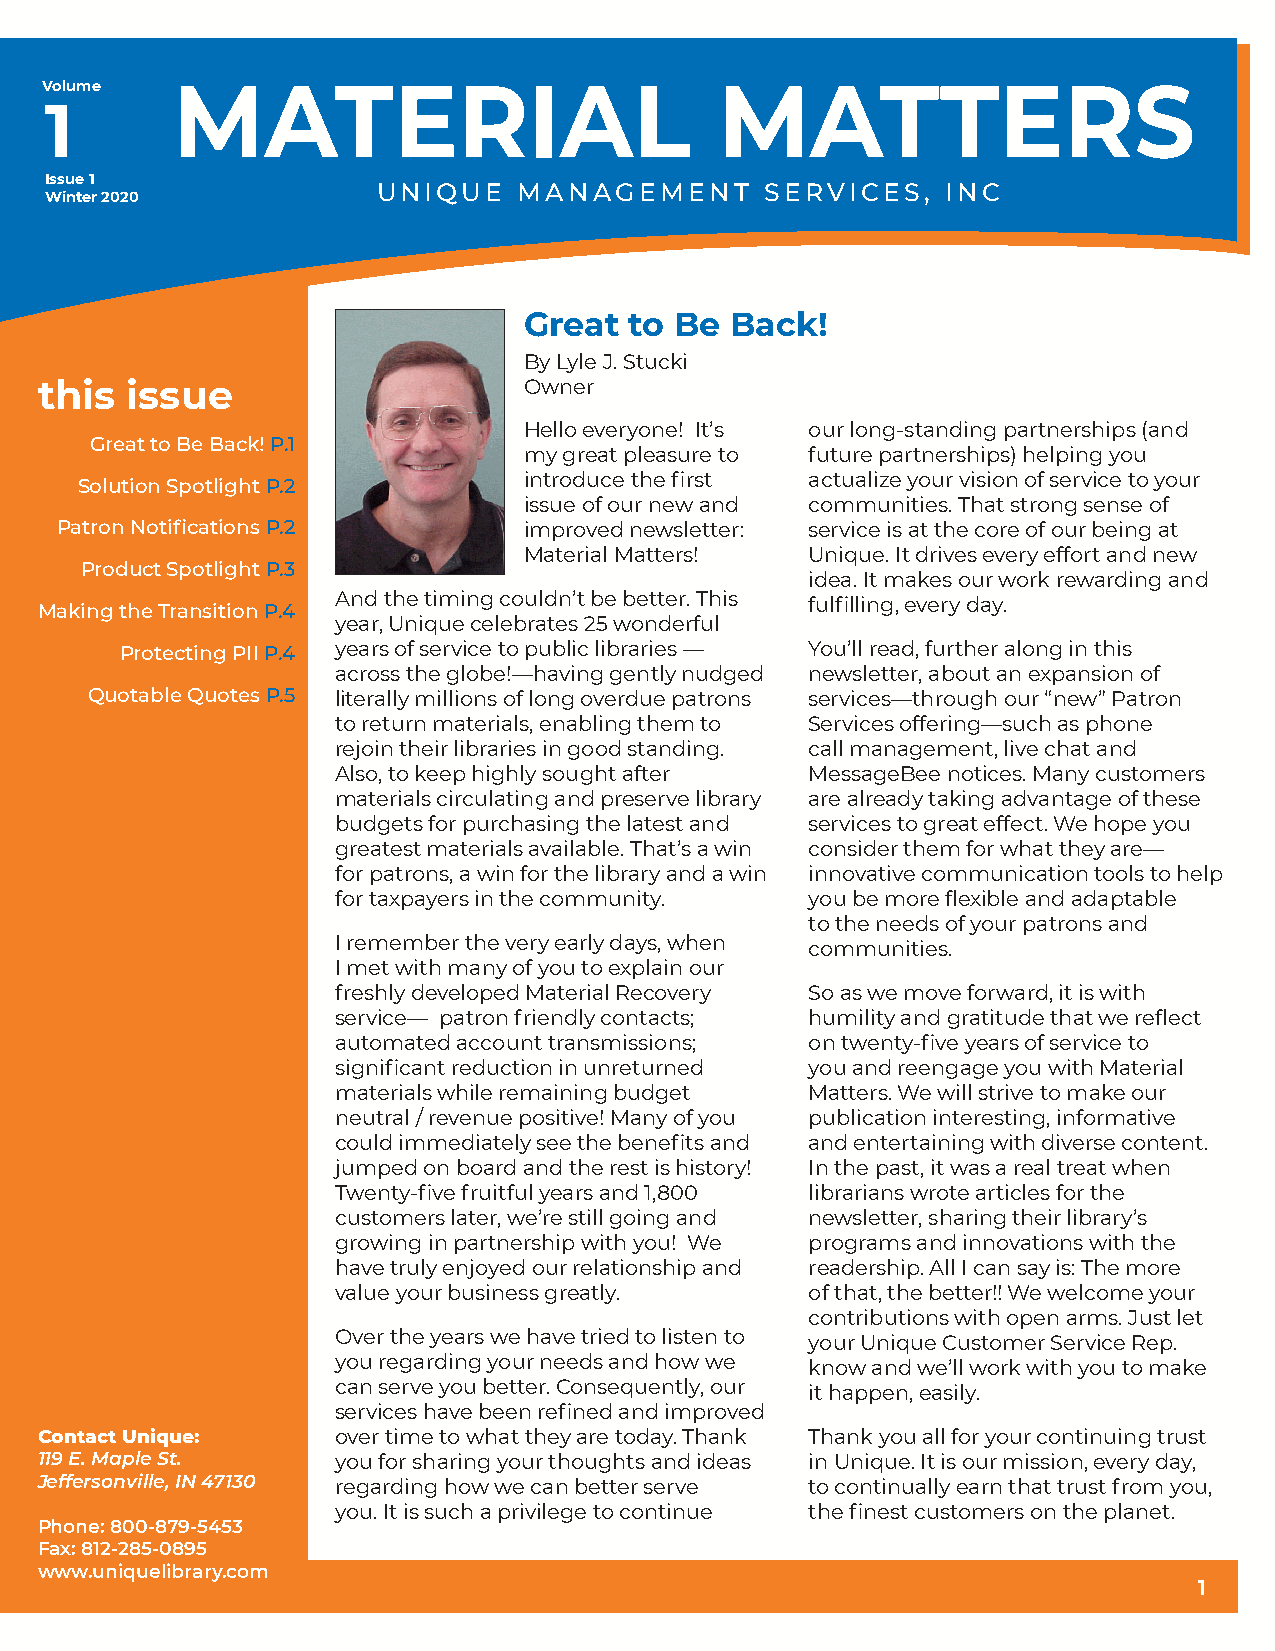
Volume  MATERIAL                             MATTERS
 1
 Issue 1
 UNIQUE   MANAGEMENT       SERVICES,   INC
 Winter 2020
 Great  to Be Back!
 By Lyle J. Stucki
 this  issue                      Owner
 Hello everyone! It’s our long-standing partnerships (and
 Great to Be Back! P.1
 my great pleasure to future partnerships) helping you
 introduce the first actualize your vision of service to your
 Solution Spotlight P.2
 issue of our new and communities. That strong sense of
 Patron Notifications P.2       improved newsletter: service is at the core of our being at
 Material Matters!  Unique. It drives every effort and new
 Product Spotlight P.3
 idea. It makes our work rewarding and
 And the timing couldn’t be better. This
 fulfilling, every day.
 Making the Transition P.4
 year, Unique celebrates 25 wonderful
 Protecting PII P.4 years of service to public libraries — You’ll read, further along in this
 across the globe!—having gently nudged newsletter, about an expansion of
 Quotable Quotes P.5 literally millions of long overdue patrons services—through our “new” Patron
 to return materials, enabling them to Services offering—such as phone
 rejoin their libraries in good standing. call management, live chat and
 Also, to keep highly sought after MessageBee notices. Many customers
 materials circulating and preserve library are already taking advantage of these
 budgets for purchasing the latest and services to great effect. We hope you
 greatest materials available. That’s a win consider them for what they are—
 for patrons, a win for the library and a win innovative communication tools to help
 for taxpayers in the community. you be more flexible and adaptable
 to the needs of your patrons and
 I remember the very early days, when
 communities.
 I met with many of you to explain our
 freshly developed Material Recovery So as we move forward, it is with
 service— patron friendly contacts; humility and gratitude that we reflect
 automated account transmissions; on twenty-five years of service to
 significant reduction in unreturned you and reengage you with Material
 materials while remaining budget Matters. We will strive to make our
 neutral / revenue positive! Many of you publication interesting, informative
 could immediately see the benefits and and entertaining with diverse content.
 jumped on board and the rest is history! In the past, it was a real treat when
 Twenty-five fruitful years and 1,800 librarians wrote articles for the
 customers later, we’re still going and newsletter, sharing their library’s
 growing in partnership with you! We programs and innovations with the
 have truly enjoyed our relationship and readership. All I can say is: The more
 value your business greatly.    of that, the better!! We welcome your
 contributions with open arms. Just let
 Over the years we have tried to listen to
 your Unique Customer Service Rep.
 you regarding your needs and how we
 know and we’ll work with you to make
 can serve you better. Consequently, our
 it happen, easily.
 services have been refined and improved
 Contact Unique:     over time to what they are today. Thank Thank you all for your continuing trust
 119 E. Maple St.    you for sharing your thoughts and ideas in Unique. It is our mission, every day,
 Jeffersonville, IN 47130 regarding how we can better serve to continually earn that trust from you,
 you. It is such a privilege to continue the finest customers on the planet.
 Phone: 800-879-5453
 Fax: 812-285-0895
 www.uniquelibrary.com
 1